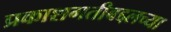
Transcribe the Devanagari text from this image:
प्रकाशगतीबद्दलच्या